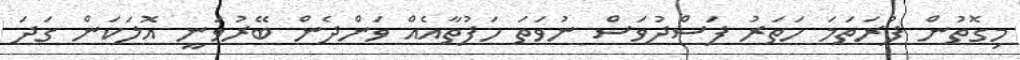
މިގޮތުން ފުރަތަމަ ހަތަރު ފަސްދުވަސް ނުވަތަ ހަފުތާއެއް ވަންދެން ބޭރުވަނީ އޮލަކަން ގަދަ